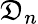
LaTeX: \mathfrak{D}_{n}